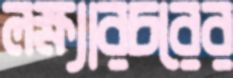
লক্ষ্যারচরের